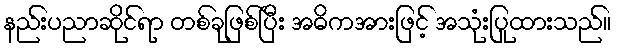
နည်းပညာဆိုင်ရာ တစ်ခုဖြစ်ပြီး အဓိကအားဖြင့် အသုံးပြုထားသည်။